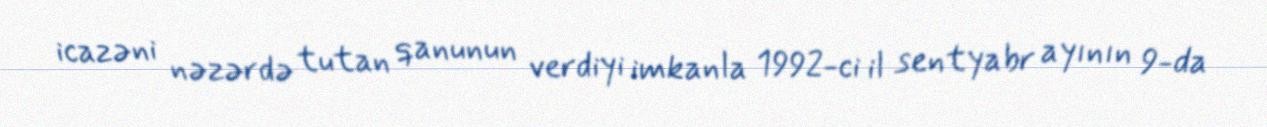
icazəni nəzərdə tutan qanunun verdiyi imkanla 1992-ci il sentyabr ayının 9-da